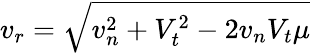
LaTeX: v_{r}=\sqrt{v_{n}^{2}+V_{t}^{2}-2v_{n}V_{t}\mu}